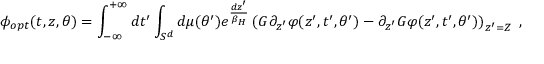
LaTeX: \phi _ { o p t } ( t , z , \theta ) = \int _ { - \infty } ^ { + \infty } d t ^ { \prime } \int _ { S ^ { d } } d \mu ( \theta ^ { \prime } ) e ^ { \frac { d z ^ { \prime } } { \beta _ { H } } } \left( G \partial _ { z ^ { \prime } } \varphi ( z ^ { \prime } , t ^ { \prime } , \theta ^ { \prime } ) - \partial _ { z ^ { \prime } } G \varphi ( z ^ { \prime } , t ^ { \prime } , \theta ^ { \prime } ) \right) _ { z ^ { \prime } = Z } \ ,